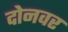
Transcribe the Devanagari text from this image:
दोनवर